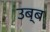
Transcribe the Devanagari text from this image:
उब्ब